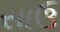
સાઉ